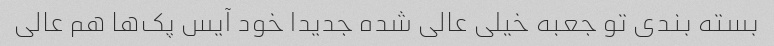
بسته بندی تو جعبه خیلی عالی شده جدیدا خود آیس پک‌ها هم عالی